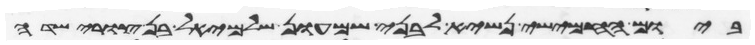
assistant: ביום החמישי נשיא לבני שמעון שלמיאל בן צורישדי